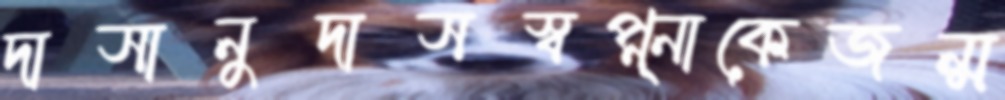
দাসানুদাসস্বপ্ন্নাকেজন্ম